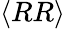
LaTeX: \langle RR\rangle